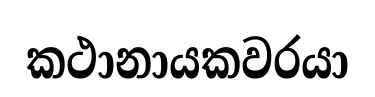
කථානායකවරයා